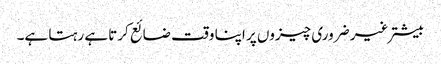
بیشتر غیر ضروری چیزوں پر اپنا وقت ضائع کرتا ہے رہتا ہے۔